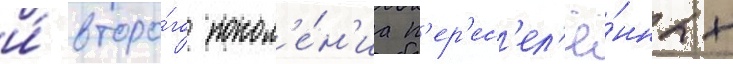
и́ второ́го покол'е́н'иа п'ер'ес'ел'ё́нных